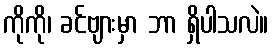
ကိုကို၊ ခင်ဗျားမှာ ဘာ ရှိပါသလဲ။